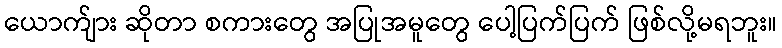
ယောက်ျား ဆိုတာ စကားတွေ အပြုအမူတွေ ပေါ့ပြက်ပြက် ဖြစ်လို့မရဘူး။